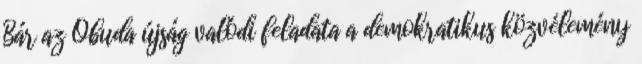
Bár az Óbuda újság valódi feladata a demokratikus közvélemény